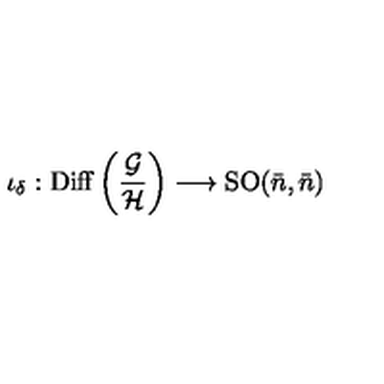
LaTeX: \iota _ { \delta } : \mathrm { D i f f } \left( { \frac { \cal G } { \cal H } } \right) \longrightarrow \mathrm { S O } ( { \bar { n } } , { \bar { n } } )